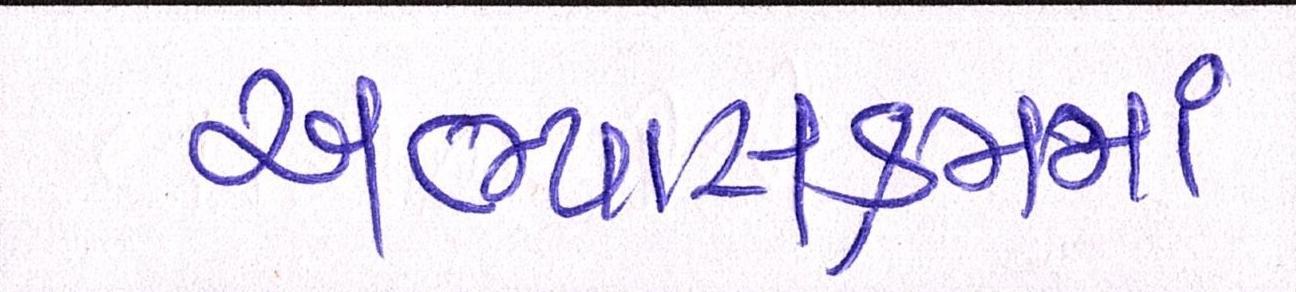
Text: અભ્યાસક્રમમાં